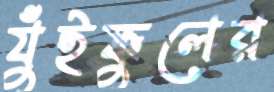
যুঁইফুলের